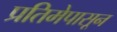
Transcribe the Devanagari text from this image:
प्रतिमेपासून